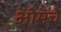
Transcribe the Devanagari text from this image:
ओमचे